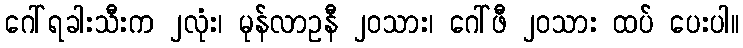
ဂေါ်ရခါးသီးက ၂လုံး၊ မုန်လာဥနီ ၂၀သား၊ ဂေါ်ဖီ ၂၀သား ထပ် ပေးပါ။